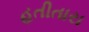
હતીતારા